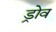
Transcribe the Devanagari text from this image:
ड्रोव